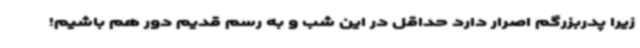
زیرا پدربزرگم اصرار دارد حداقل در این شب و به رسم قدیم دور هم باشیم!